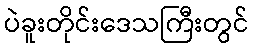
ပဲခူးတိုင်းဒေသကြီးတွင်